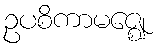
ဥပစိကာမဇ္ဈေ